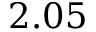
2 . 0 5